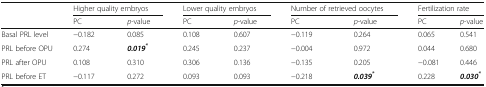
| <ROWSPAN=2>  | <COLSPAN=2> Higher quality embryos | <COLSPAN=2> Lower quality embryos | <COLSPAN=2> Number of retrieved oocytes | <COLSPAN=2> Fertilization rate |
 | PC | p-value | PC | p-value | PC | p-value | PC | p-value |
 | --- | --- | --- | --- | --- | --- | --- | --- | --- |
 | Basal PRL level | −0.182 | 0.085 | 0.108 | 0.607 | −0.119 | 0.264 | 0.065 | 0.541 |
 | PRL before OPU | 0.274 | 0.019* | 0.245 | 0.237 | −0.004 | 0.972 | 0.044 | 0.680 |
 | PRL after OPU | 0.108 | 0.310 | 0.306 | 0.136 | −0.135 | 0.205 | −0.081 | 0.446 |
 | PRL before ET | −0.117 | 0.272 | 0.093 | 0.093 | −0.218 | 0.039* | 0.228 | 0.030* |